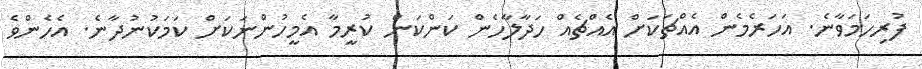
ފުރިހަމަވާނެ. އަހަރެމެން އެއްޗަކަށް އެއްޗެއް ހަދާލާހެން ކަންކަން ކުރީމާ އެމީހުންނަކަށް ކަމަކުނުދާނެ. އެހެންވެ